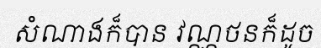
សំណាងក៏បាន វណ្ណថនក៏ដូច